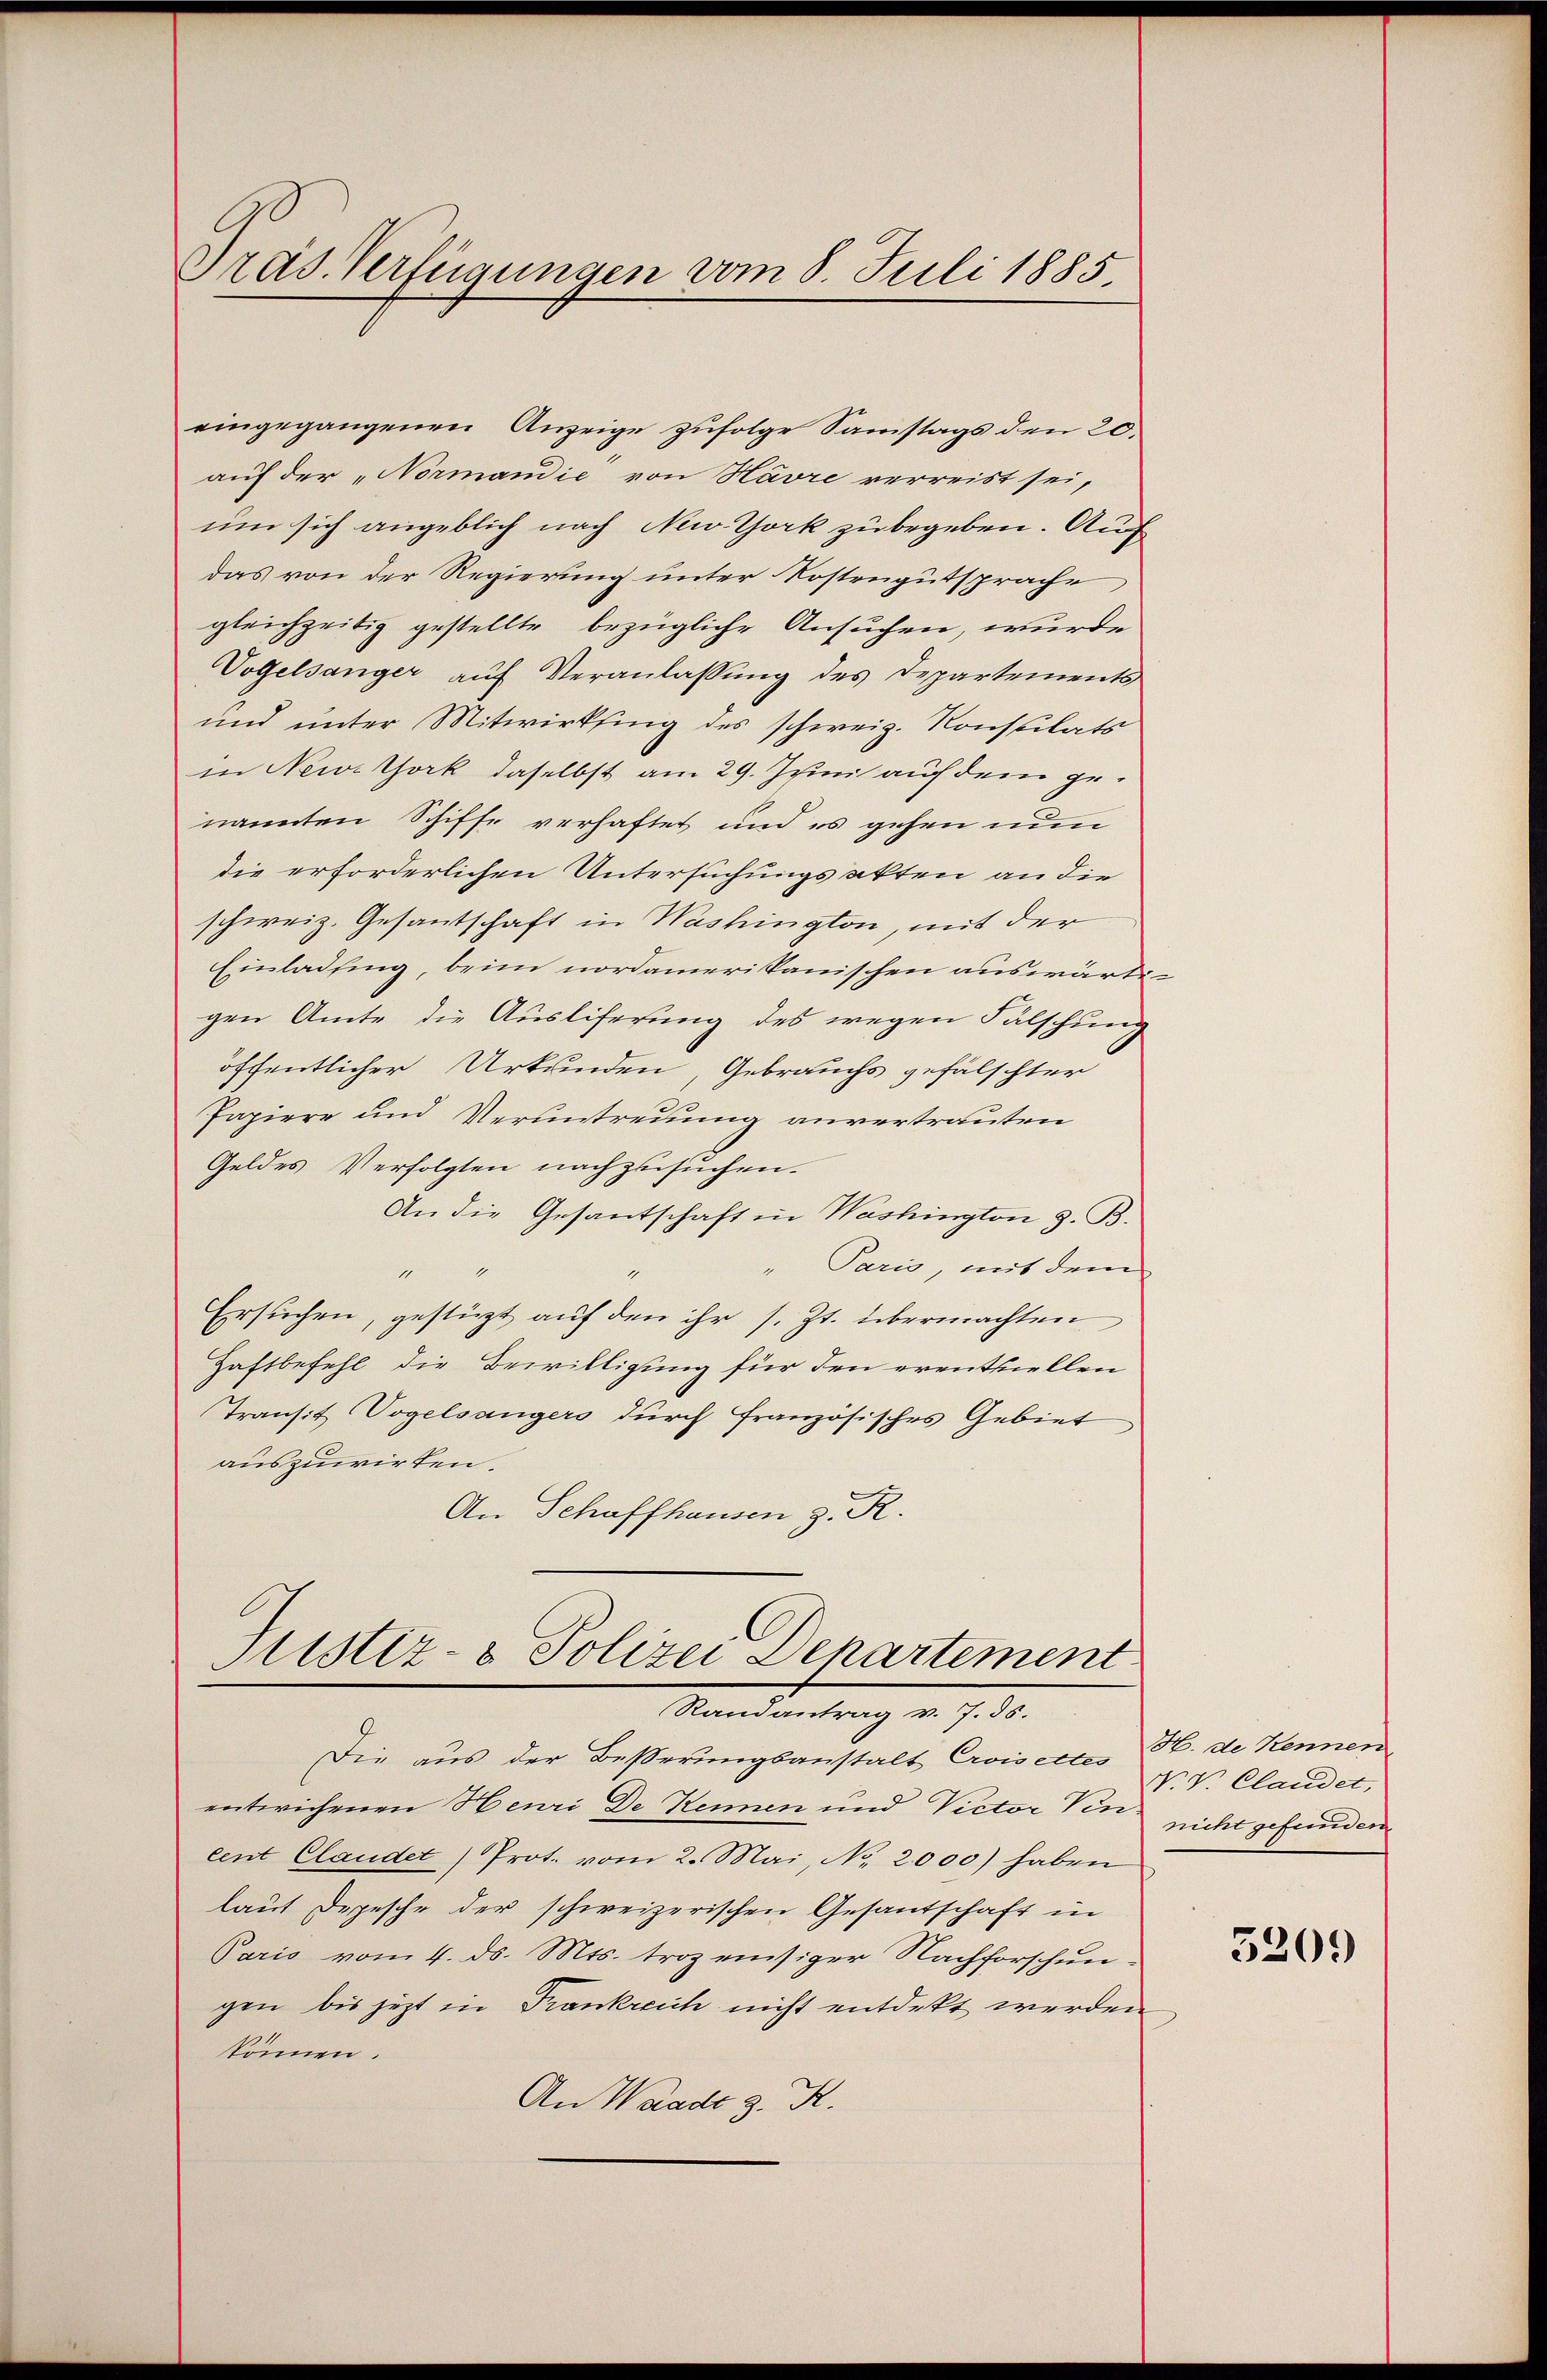
Präs. Verfügungen vom 8. Juli 1885.

eingegangenen Anzeige zufolge Samstags den 20.
auf der „Normandie von Havre verreist sei,
um sich angeblich nach New York zu begeben. Auf
das von der Regierung unter Kostengutsprache
gleichzeitig gestellte bezügliche Ansuchen, wurde
Vogelsanger auf Veranlassung des Departements
und unter Mitwirksing des schweiz. Konsulats
in Newtork daselbst am 29. Juni auf dem genannten Schiffe verhaftet und es gehen nun
die erforderlichen Untersuchungsakten an die
schweiz. Gesantschaft in Washington, mit der
Einladung, beim nordamerikanischen auswärti
gen Amte die Ausliferung des wegen Fälschung
öffentlicher Urkunden, Gebrauchs gefälschter
Papiere und Veruntreuung anvertrauten
Geldes Verfolgten nachzusuchen.
An die Gesantschaft in Washington z. B.
" Paris, mit dem

Ersuchen, gestüzt auf den ihr s. Zt. übermachten
Haftbefehl die Bewilligung für den eventuellen
Transit Vogelsangers durch französisches Gebiet
auszuwirken.
An Schaffhausen z. R.

Justiz- & Polizei Departement
Mandantrag v. 7. 5.

Die aus der Beßerungsanstalt Eroisectes H. de Kennen
entwichenen Henri De Kennen und Victor Ven nicht gefunden
cent Claudet) Prot. vom 2. Mai, No. 2000) haben
laut Depesche der schweizerischen Gesandschaft in
Paris vom 4. ds. Mts. troz einsiger Nachforschungen bis jetzt in Frankreich nicht entdekt werden.
können.
An Waadt z. R.

N. V. Clandet,

320.